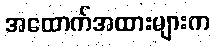
အထောက်အထားများက